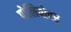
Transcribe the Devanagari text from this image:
पोलियोवर